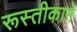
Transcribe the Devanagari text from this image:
रूस्तीकाने